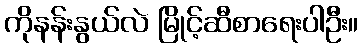
ကိုနန်းနွယ်လဲ မြိုင့်ဆီစာရေးပါဦး။